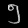
Digit: ၅